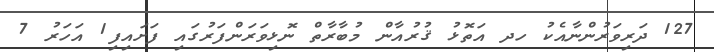
127 ދަރިވަރުންނާއެކު ހދ އަތޮޅު ޤުރުއާން މުބާރާތް ނޮޅިވަރަންފަރުގައި ފަށައިފި1 އަހަރު 7